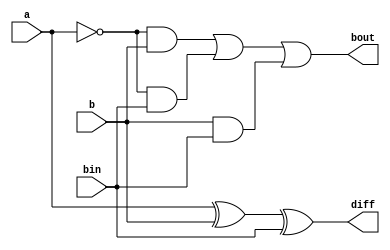
`timescale 1ns/1ps
module full_subtractor_behavioral (
  input a,    // Input 'a'
  input b,    // Input 'b'
  input bin,  // Borrow-in 'bin'
  output reg diff,   // Output 'diff' (Difference)
  output reg bout // Output 'bout' (Borrow-out)
);

  // Combinational logic equations for difference and borrow-out
  always @(*) begin
    diff = a ^ b ^ bin;     // Difference
    bout = (~a & b) | (~a & bin) | (b & bin); // Borrow-out
  end

endmodule